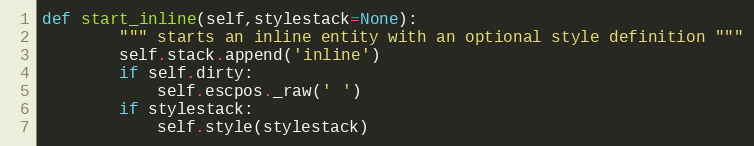
Language: Python
def start_inline(self,stylestack=None):
        """ starts an inline entity with an optional style definition """
        self.stack.append('inline')
        if self.dirty:
            self.escpos._raw(' ')
        if stylestack:
            self.style(stylestack)